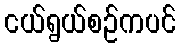
ငယ်ရွယ်စဉ်ကပင်